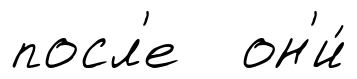
посл'е он'и́